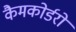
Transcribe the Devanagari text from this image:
कैमकोर्डरों